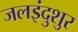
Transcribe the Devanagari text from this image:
जलइंदुशुर